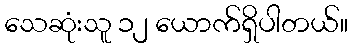
သေဆုံးသူ ၁၂ ယောက်ရှိပါတယ်။